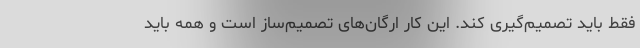
فقط باید تصمیم‌گیری کند. این کار ارگان‌های تصمیم‌ساز است و همه باید